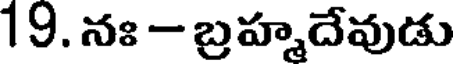
19. నః - బ్రహ్మదేవుడు